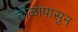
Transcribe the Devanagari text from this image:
तीळापासुन